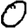
Digit: 0